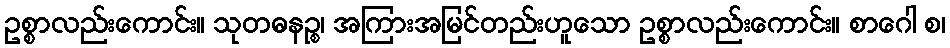
ဥစ္စာလည်းကောင်း။ သုတဓနဉ္စ၊ အကြားအမြင်တည်းဟူသော ဥစ္စာလည်းကောင်း။ စာဂေါ စ၊